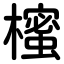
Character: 櫁